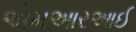
એમઆરઆઈ